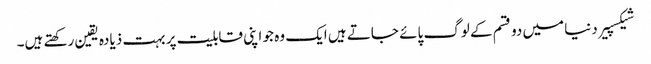
شیکسپیر دنیا میں دو قسم کے لوگ پائے جاتے ہیں ایک وہ جو اپنی قابلیت پر بہت ذیادہ یقین رکھتے ہیں۔